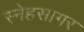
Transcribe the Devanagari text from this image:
स्नेहसागर